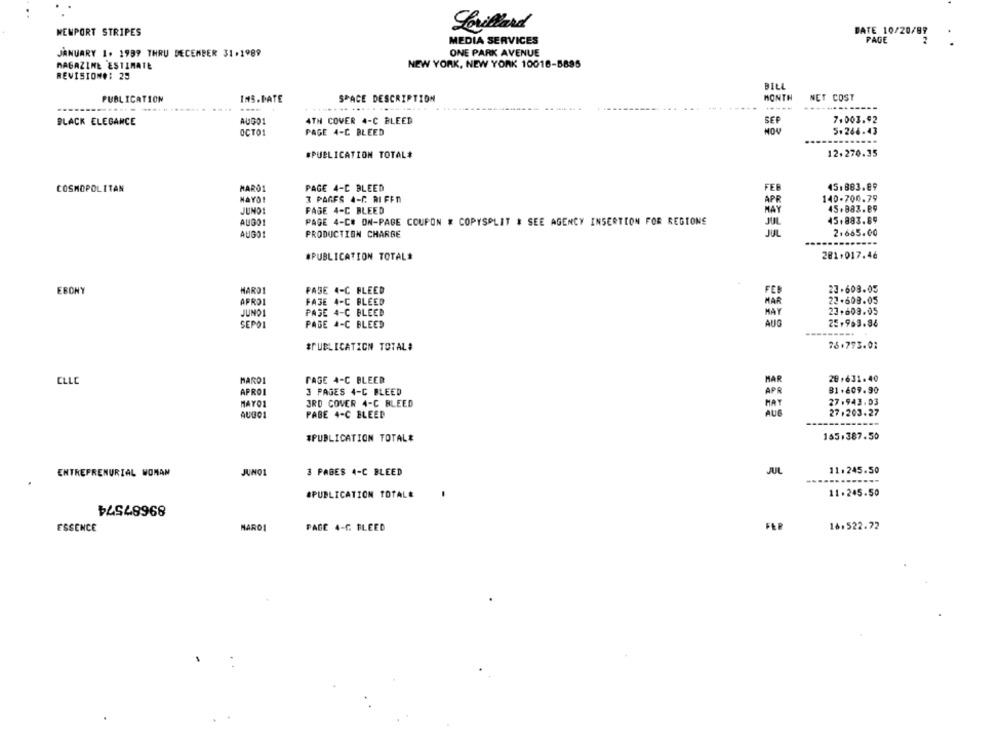
Lorillard
DATE 10/20/99
.
NEWPORT STRIPES
MEDIA SERVICES
PAGE
JANUARY 1. 1999 THRU DECEMBER 31.1989
ONE PARK AVENUE
MAGAZINE ESTIMATE
NEW YORK, NEW YORK 10016-5895
REVISION#: 25
BILL
MONTH
NET COST
PUBLICATION
INS.DATE
SPACE DESCRIPTION
-----
7.003.92
BLACK ELEGANCE
AUGO1
4TH COVER 4-C BLEED
SEP
OCTO1
PAGE 4-C BLEED
NOV
5.266.43
......
#PUBLICATION TOTAL#
12.270.35
451883.89
COSMOPOLITAN
MAROS
PAGE 4-C BLEED
FEB
NAYO!
3 PAGES A-C. RIFFO
APR
140-700.79
45.883.89
JUNO!
PAGE 4-C BLEED
MAY
AUGO1
PAGE 4-C# ON-PAGE COUPON # COPYSPLIT & SEE AGENCY INSERTION FOR REGIONE
JUL
45.883.89
AUGO1
PRODUCTION CHARGE
JUL
2.665.00
*PUBLICATION TOTAL#
201.017.46
MARDI
FASE 4-C BLEED
23.608.05
EBONY
APRO1
FASE 4-C BLEED
22.608.05
PASE 4-C BLEED
23.608.05
JUNO1
MAY
SEPOI
PADE 4-C BLEED
AUG
25.963.84
--------.
#PUBLICATION TOTAL#
76.793.01
PAGE 4-C BLEED
26,631.40
CLLC
MARO1
HAR
APROI
3 PAGES 4-C BLEED
APR
81.609.90
MAYO1
3RD COVER 4-C BLEED
MAY
27.943.03
AUGO1
PABE 4-C BLEED
27.203.27
#PUBLICATION TOTAL#
165.387.50
ENTREPRENURIAL WOMAN
3 PAGES 4-C BLEED
JUL
11.245.50
89687574
#PUBLICATION TOTALE
E
11.245.50
FER
16:522.72
ESSENCE
MARO
PAGE 4-C BLEED